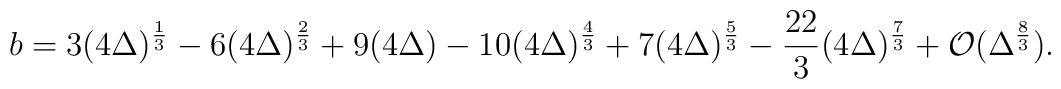
b =  3(4\Delta)^{\frac{1}{3}} - 6(4\Delta)^{\frac{2}{3}}   + 9(4\Delta) - 10(4\Delta)^{\frac{4}{3}} + 7(4\Delta)^{\frac{5}{3}}   - \frac{22}{3}(4\Delta)^{\frac{7}{3}} + {\cal{O}}(\Delta^{\frac{8}{3}}) .